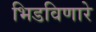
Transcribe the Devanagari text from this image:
भिडविणारे